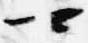
可